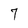
Character: 7